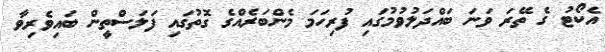
އެކޯޓު ގެ ތޭރަ ވަނަ ބައްދަލުވުމުގައި ފުރިހަމަ މެންބަރެއްގެ ގޮތުގައި ފަލަސްތީން ބައިވެރިވާ